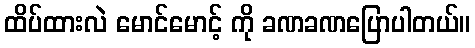
ထိပ်ထားလဲ မောင်မောင့် ကို ခဏခဏပြောပါတယ်။